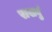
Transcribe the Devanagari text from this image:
राखवुं